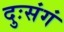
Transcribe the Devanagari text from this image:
दुःसंगं